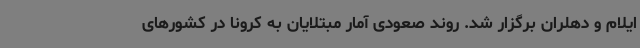
ایلام و دهلران برگزار شد. روند صعودی آمار مبتلایان به کرونا در کشورهای